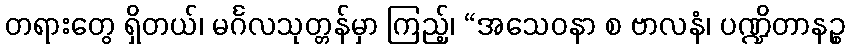
တရားတွေ ရှိတယ်၊ မင်္ဂလသုတ္တန်မှာ ကြည့်၊ “အသေဝနာ စ ဗာလနံ၊ ပဏ္ဍိတာနဉ္စ